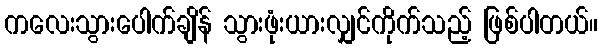
ကလေးသွားပေါက်ချိန် သွားဖုံးယားလျှင်ကိုက်သည့် ဖြစ်ပါတယ်။